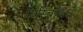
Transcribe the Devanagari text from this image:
फ्रस्चियेल्ला